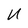
Character: U